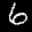
Label: 6